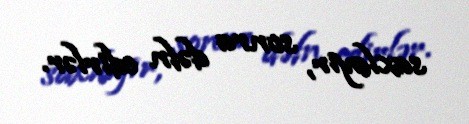
saxlayır, sonra dəfn edirlər.